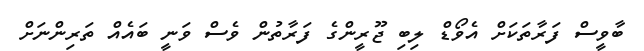
ބާވީސް ފަރާތަކަށް އެވޯޑް ލިބި ޖޫރީންގެ ފަރާތުން ވެސް ވަނީ ބައެއް ތަރިންނަށް